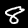
Label: 8